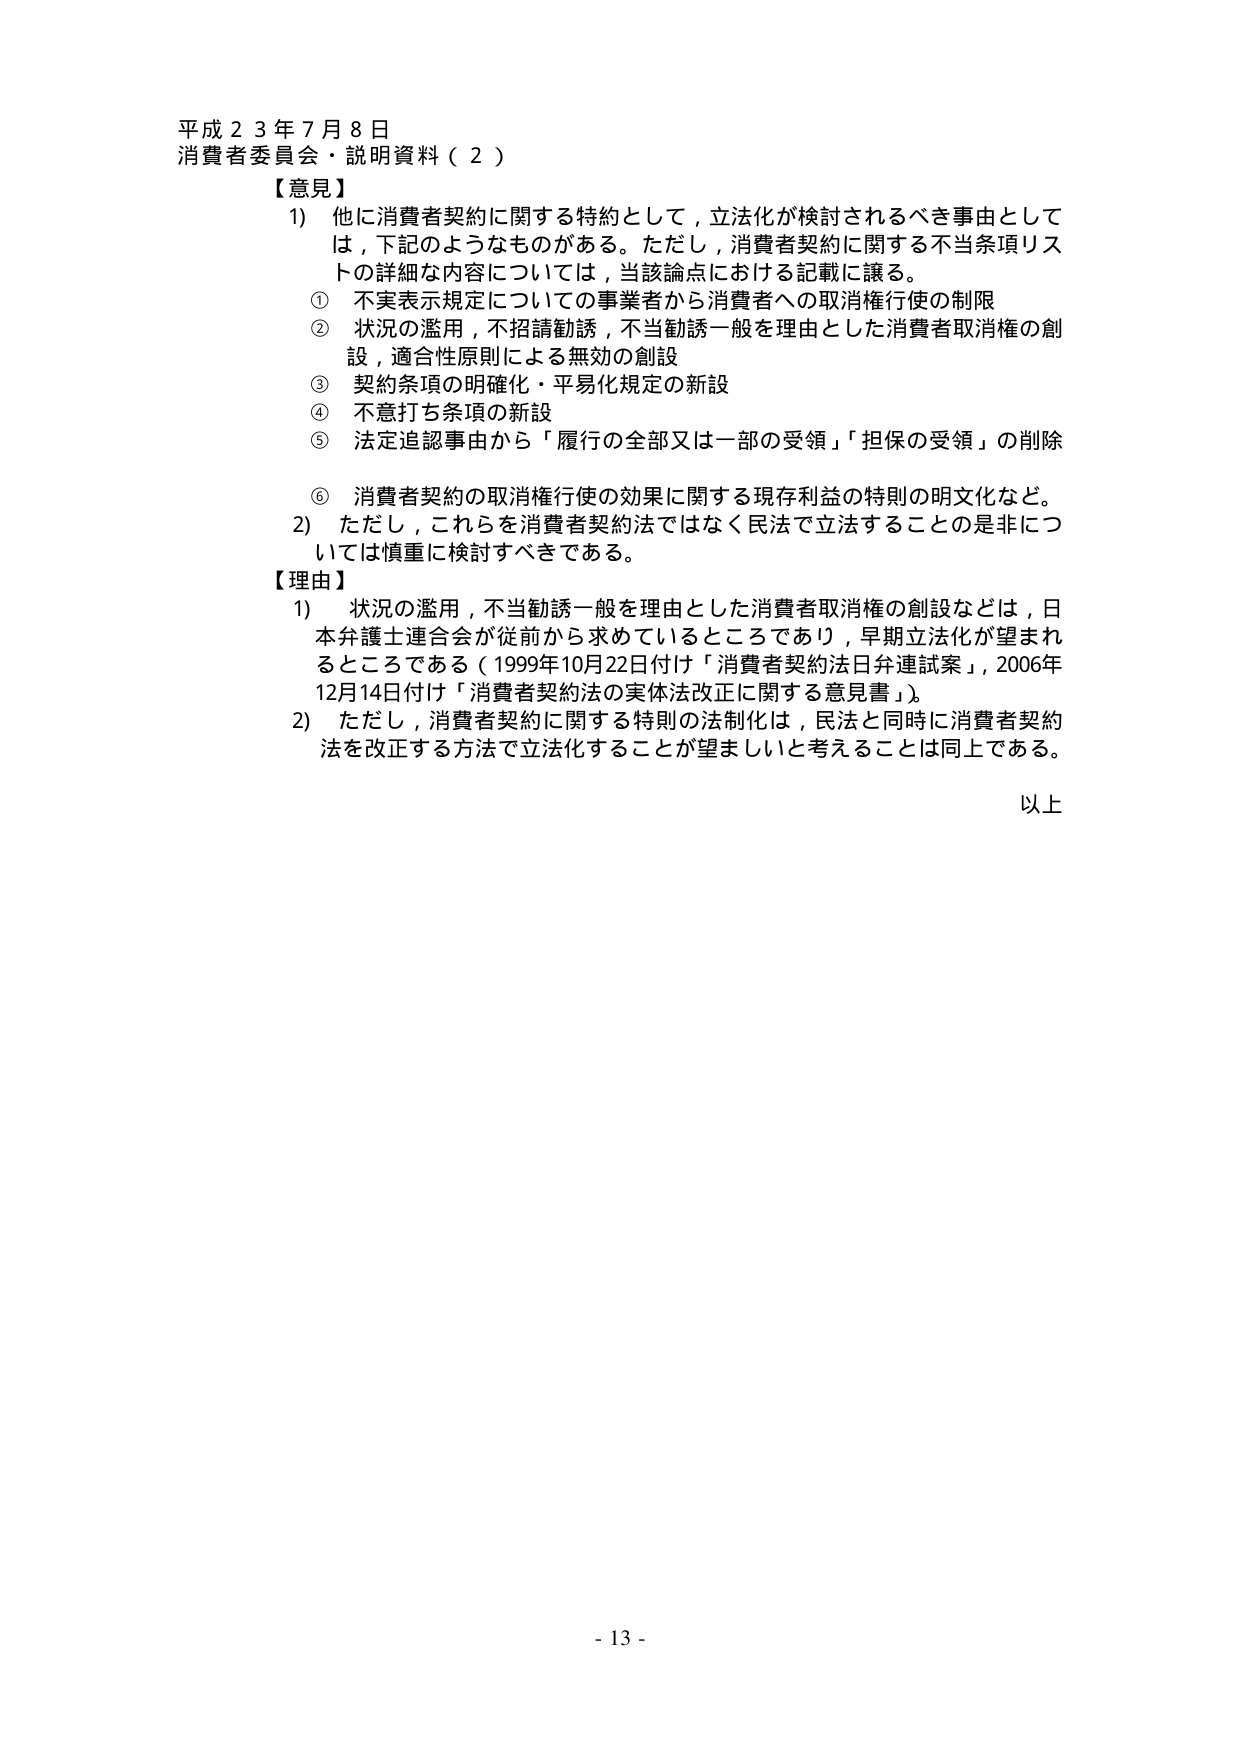
平成２３年７月８日
消費者委員会・説明資料（２）

【意見】
1) 他に消費者契約に関する特約として，立法化が検討されるべき事由としては，下記のようなものがある。ただし，消費者契約に関する不当条項リストの詳細な内容については，当該論点における記載に譲る。
　① 不実表示規定についての事業者から消費者への取消権行使の制限
　② 状況の濫用，不招請勧誘，不当勧誘一般を理由とした消費者取消権の創設，適合性原則による無効の創設
　③ 契約条項の明確化・平易化規定の新設
　④ 不意打ち条項の新設
　⑤ 法定追認事由から「履行の全部又は一部の受領」「担保の受領」の削除
　⑥ 消費者契約の取消権行使の効果に関する現存利益の特則の明文化など。
2) ただし，これらを消費者契約法ではなく民法で立法することの是非については慎重に検討すべきである。

【理由】
1) 状況の濫用，不当勧誘一般を理由とした消費者取消権の創設などは，日本弁護士連合会が従前から求めているところであり，早期立法化が望まれるところである（1999年10月22日付け「消費者契約法日弁連試案」，2006年12月14日付け「消費者契約法の実体法改正に関する意見書」）。
2) ただし，消費者契約に関する特則の法制化は，民法と同時に消費者契約法を改正する方法で立法化することが望ましいと考えることは同上である。

以上

- 13 -